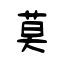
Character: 莫